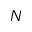
N